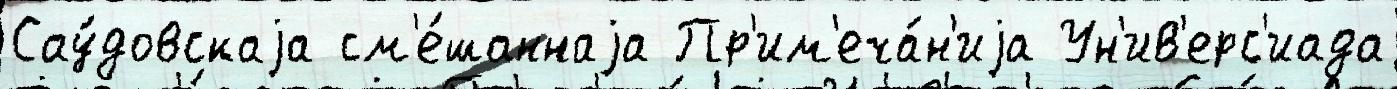
Сау́довскаjа см'е́шаннаjа Пр'им'еча́н'иjа Ун'ив'ерс'иада